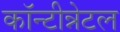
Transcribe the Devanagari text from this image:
कॉन्टीन्नेटल